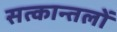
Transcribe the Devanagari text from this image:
सत्कान्तलों